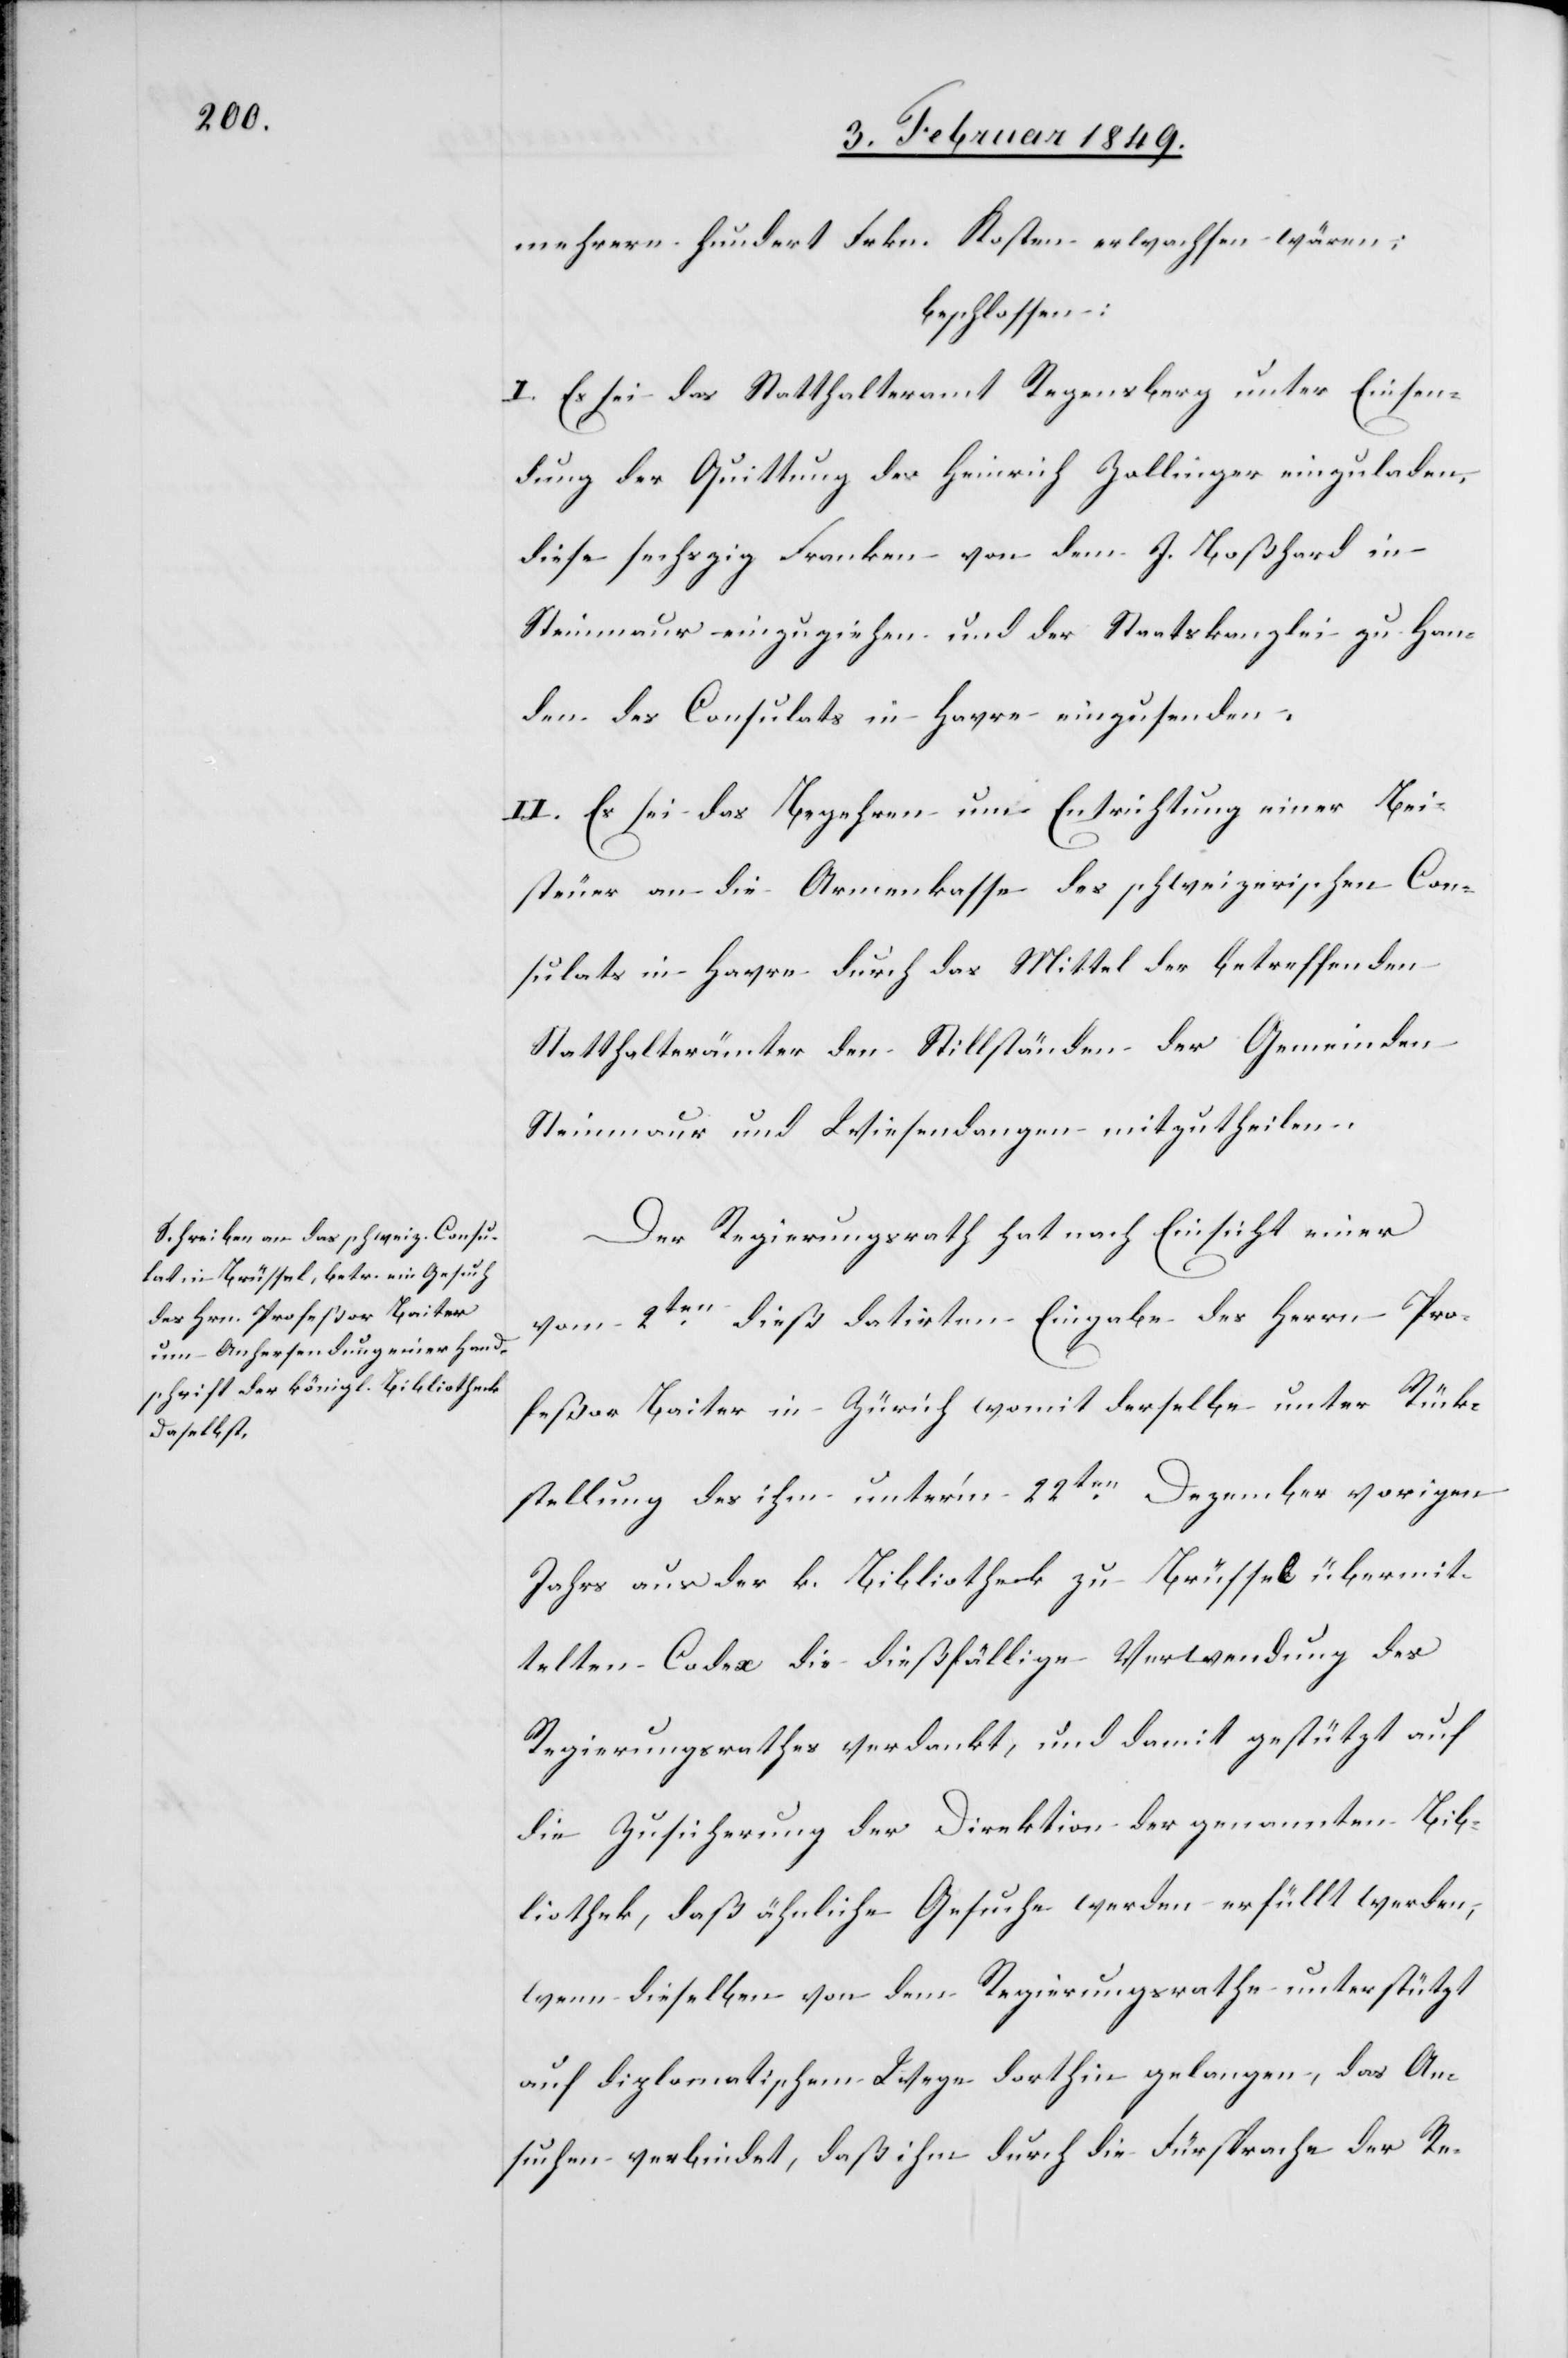
mehrere hundert Frkn. Kosten erwachsen wären;
beschlossen:
I. Es sei das Statthalteramt Regensberg unter Einsen¬
dung der Quittung des Heinrich Zollinger einzuladen,
diese sechszig Franken von dem J. Boßhard in
Steinmaur einzuziehen und der Staatskanzlei zu Han¬
den des Consulats in Havre einzusenden.
II. Es sei das Begehren um Entrichtung einer Bei¬
steuer an die Armenkasse des schweizerischen Con¬
sulats in Havre durch das Mittel der betreffenden
Statthalterämter den Stillständen der Gemeinden
Steinmaur und Wiesendangen mitzutheilen.
Der Regierungsrath hat nach Einsicht einer
vom 2ten. dieß datirten Eingabe des Herrn Pro¬
feßor Baiter in Zürich womit derselbe unter Rück¬
stellung des ihm unter’m 22ten. Dezember vorigen
Jahrs aus der k. Bibliotheck zu Brüssel übermit¬
telten Codex die dießfällige Verwendung des
Regierungsrathes verdankt, und damit gestützt auf
die Zusicherung der Direktion der genannten Bib¬
liothek, daß ähnliche Gesuche werden erfüllt werden,
wenn dieselben von dem Regierungsrath unterstützt
auf diplomatischem Wege dorthin gelangen, das An¬
suchen verbindet, daß ihm durch die Fürsprache der Re-